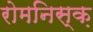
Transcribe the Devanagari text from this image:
रोमनिस्क़